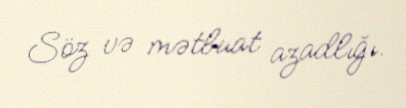
Söz və mətbuat azadlığı.